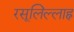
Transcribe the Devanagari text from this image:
रसूलिल्लाह्